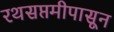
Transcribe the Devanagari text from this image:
रथसप्तमीपासून